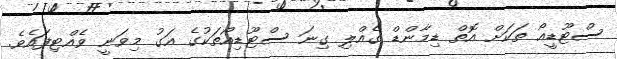
ސްޓޫޑީއޯ ތަކަށް އޮތް ޑިމާންޑް ގެއްލި ގިނަ ސްޓޫޑިއޯތަކުގެ އަގު މިވަނީ ވެއްޓިފައެވެ.